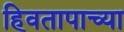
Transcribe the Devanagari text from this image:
हिवतापाच्या